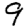
Digit: 9